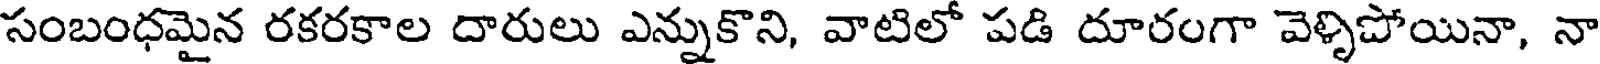
సంబంధమైన రకరకాల దారులు ఎన్నుకొని, వాటిలో పడి దూరంగా వెళ్ళిపోయినా, నా